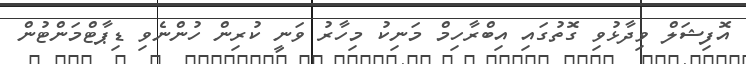
އޮފިޝަލް ވިދާޅުވި ގޮތުގައި އިބްރާހިމް މަނިކު މިހާރު ވަނީ ކުރިން ހުންނެވި ޑިޕާޓްމަންޓުން